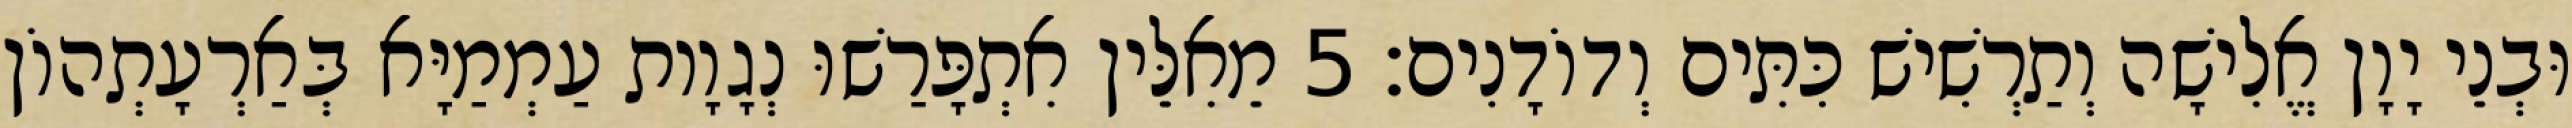
וּבְנֵי יָוָן אֱלִישָׁה וְתַרְשִׁישׁ כִּתִּים וְדוֹדָנִים׃ 5 מֵאִלֵּין אִתְפָּרַשׁוּ נְגָוָות עַמְמַיָּא בְּאַרְעָתְהוֹן